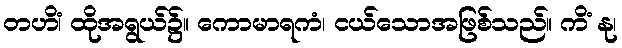
တဟိံ၊ ထိုအရွယ်၌။ ကောမာရကံ၊ ငယ်သောအဖြစ်သည်။ ကိံ နု၊